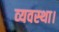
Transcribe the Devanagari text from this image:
व्‍यवस्‍था।